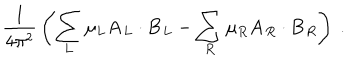
LaTeX: { \frac { 1 } { 4 \pi ^ { 2 } } } \left( \sum _ { L } \mu _ { L } { \bf A } _ { L } \cdot { \bf B } _ { L } - \sum _ { R } \mu _ { R } { \bf A } _ { R } \cdot { \bf B } _ { R } \right) ~ .